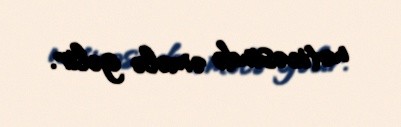
nəticəsində əmələ gəlir.